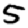
Digit: 5